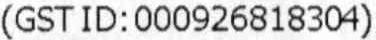
(GST ID:000926818304)